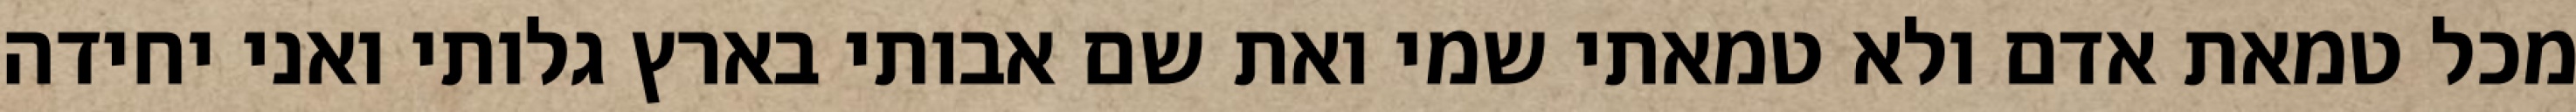
מכל טמאת אדם ולא טמאתי שמי ואת שם אבותי בארץ גלותי ואני יחידה